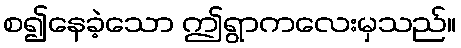
စ၍နေခဲ့သော ဤရွာကလေးမှသည်။